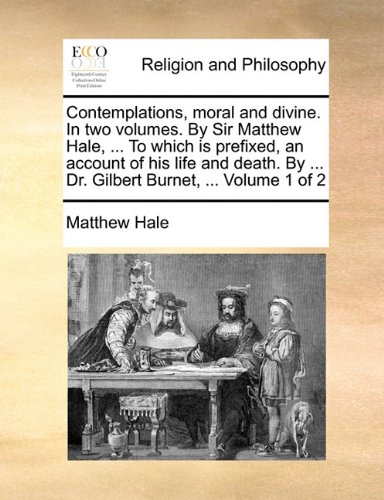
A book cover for Contemplations, moral and divine. In two volumes. By Sir Matthew Hale, ... To which is prefixed, an account of his life and death. By ... Dr. Gilbert Burnet, ...  Volume 1 of 2; Matthew Hale; Religion & Spirituality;